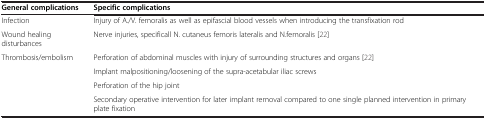
<table><thead><tr><td><b>General complications</b></td><td><b>Specific complications</b></td></tr></thead><tbody><tr><td>Infection</td><td>Injury of A./V. femoralis as well as epifascial blood vessels when introducing the transfixation rod</td></tr><tr><td>Wound healing disturbances</td><td>Nerve injuries, specificall N. cutaneus femoris lateralis and N.femoralis [22]</td></tr><tr><td>Thrombosis/embolism</td><td>Perforation of abdominal muscles with injury of surrounding structures and organs [22]</td></tr><tr><td> </td><td>Implant malpositioning/loosening of the supra-acetabular iliac screws</td></tr><tr><td> </td><td>Perforation of the hip joint</td></tr><tr><td> </td><td>Secondary operative intervention for later implant removal compared to one single planned intervention in primary plate fixation</td></tr></tbody></table>